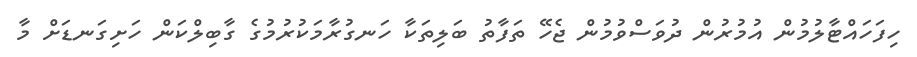
ހިފަހައްޓާލުމުން އުމުރުން ދުވަސްވުމުން ޖެހޭ ތަފާތު ބަލިތަކާ ހަނގުރާމަކުރުމުގެ ގާބިލްކަން ހަށިގަނޑަށް މާ